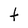
Character: t